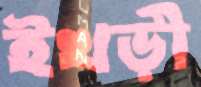
ইখড়ী